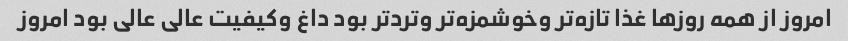
امروز‌ از همه روزها غذا تازه‌تر و‌خوشمزه‌تر و‌تردتر بود داغ و‌کیفیت عالی عالی بود امروز